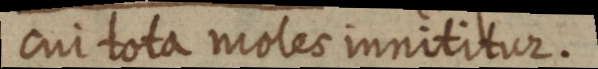
cui tota moles innititur.